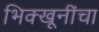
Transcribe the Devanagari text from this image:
भिक्खूनींचा